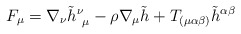
\begin{align*}F_\mu = \nabla_\nu \tilde h^\nu_{~\mu } - \rho \nabla_\mu \tilde h +T_{(\mu \alpha \beta )} \tilde h^{\alpha \beta }\end{align*}